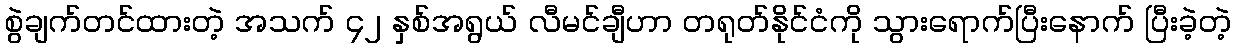
စွဲချက်တင်ထားတဲ့ အသက် ၄၂ နှစ်အရွယ် လီမင်ချီဟာ တရုတ်နိုင်ငံကို သွားရောက်ပြီးနောက် ပြီးခဲ့တဲ့